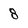
Character: 8